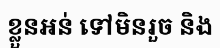
ខ្លួនអន់ ទៅមិនរួច និង